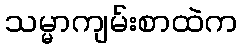
သမ္မာကျမ်းစာထဲက